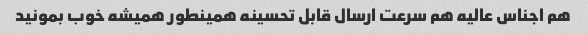
هم اجناس عالیه هم سرعت ارسال قابل تحسینه همینطور همیشه خوب بمونید